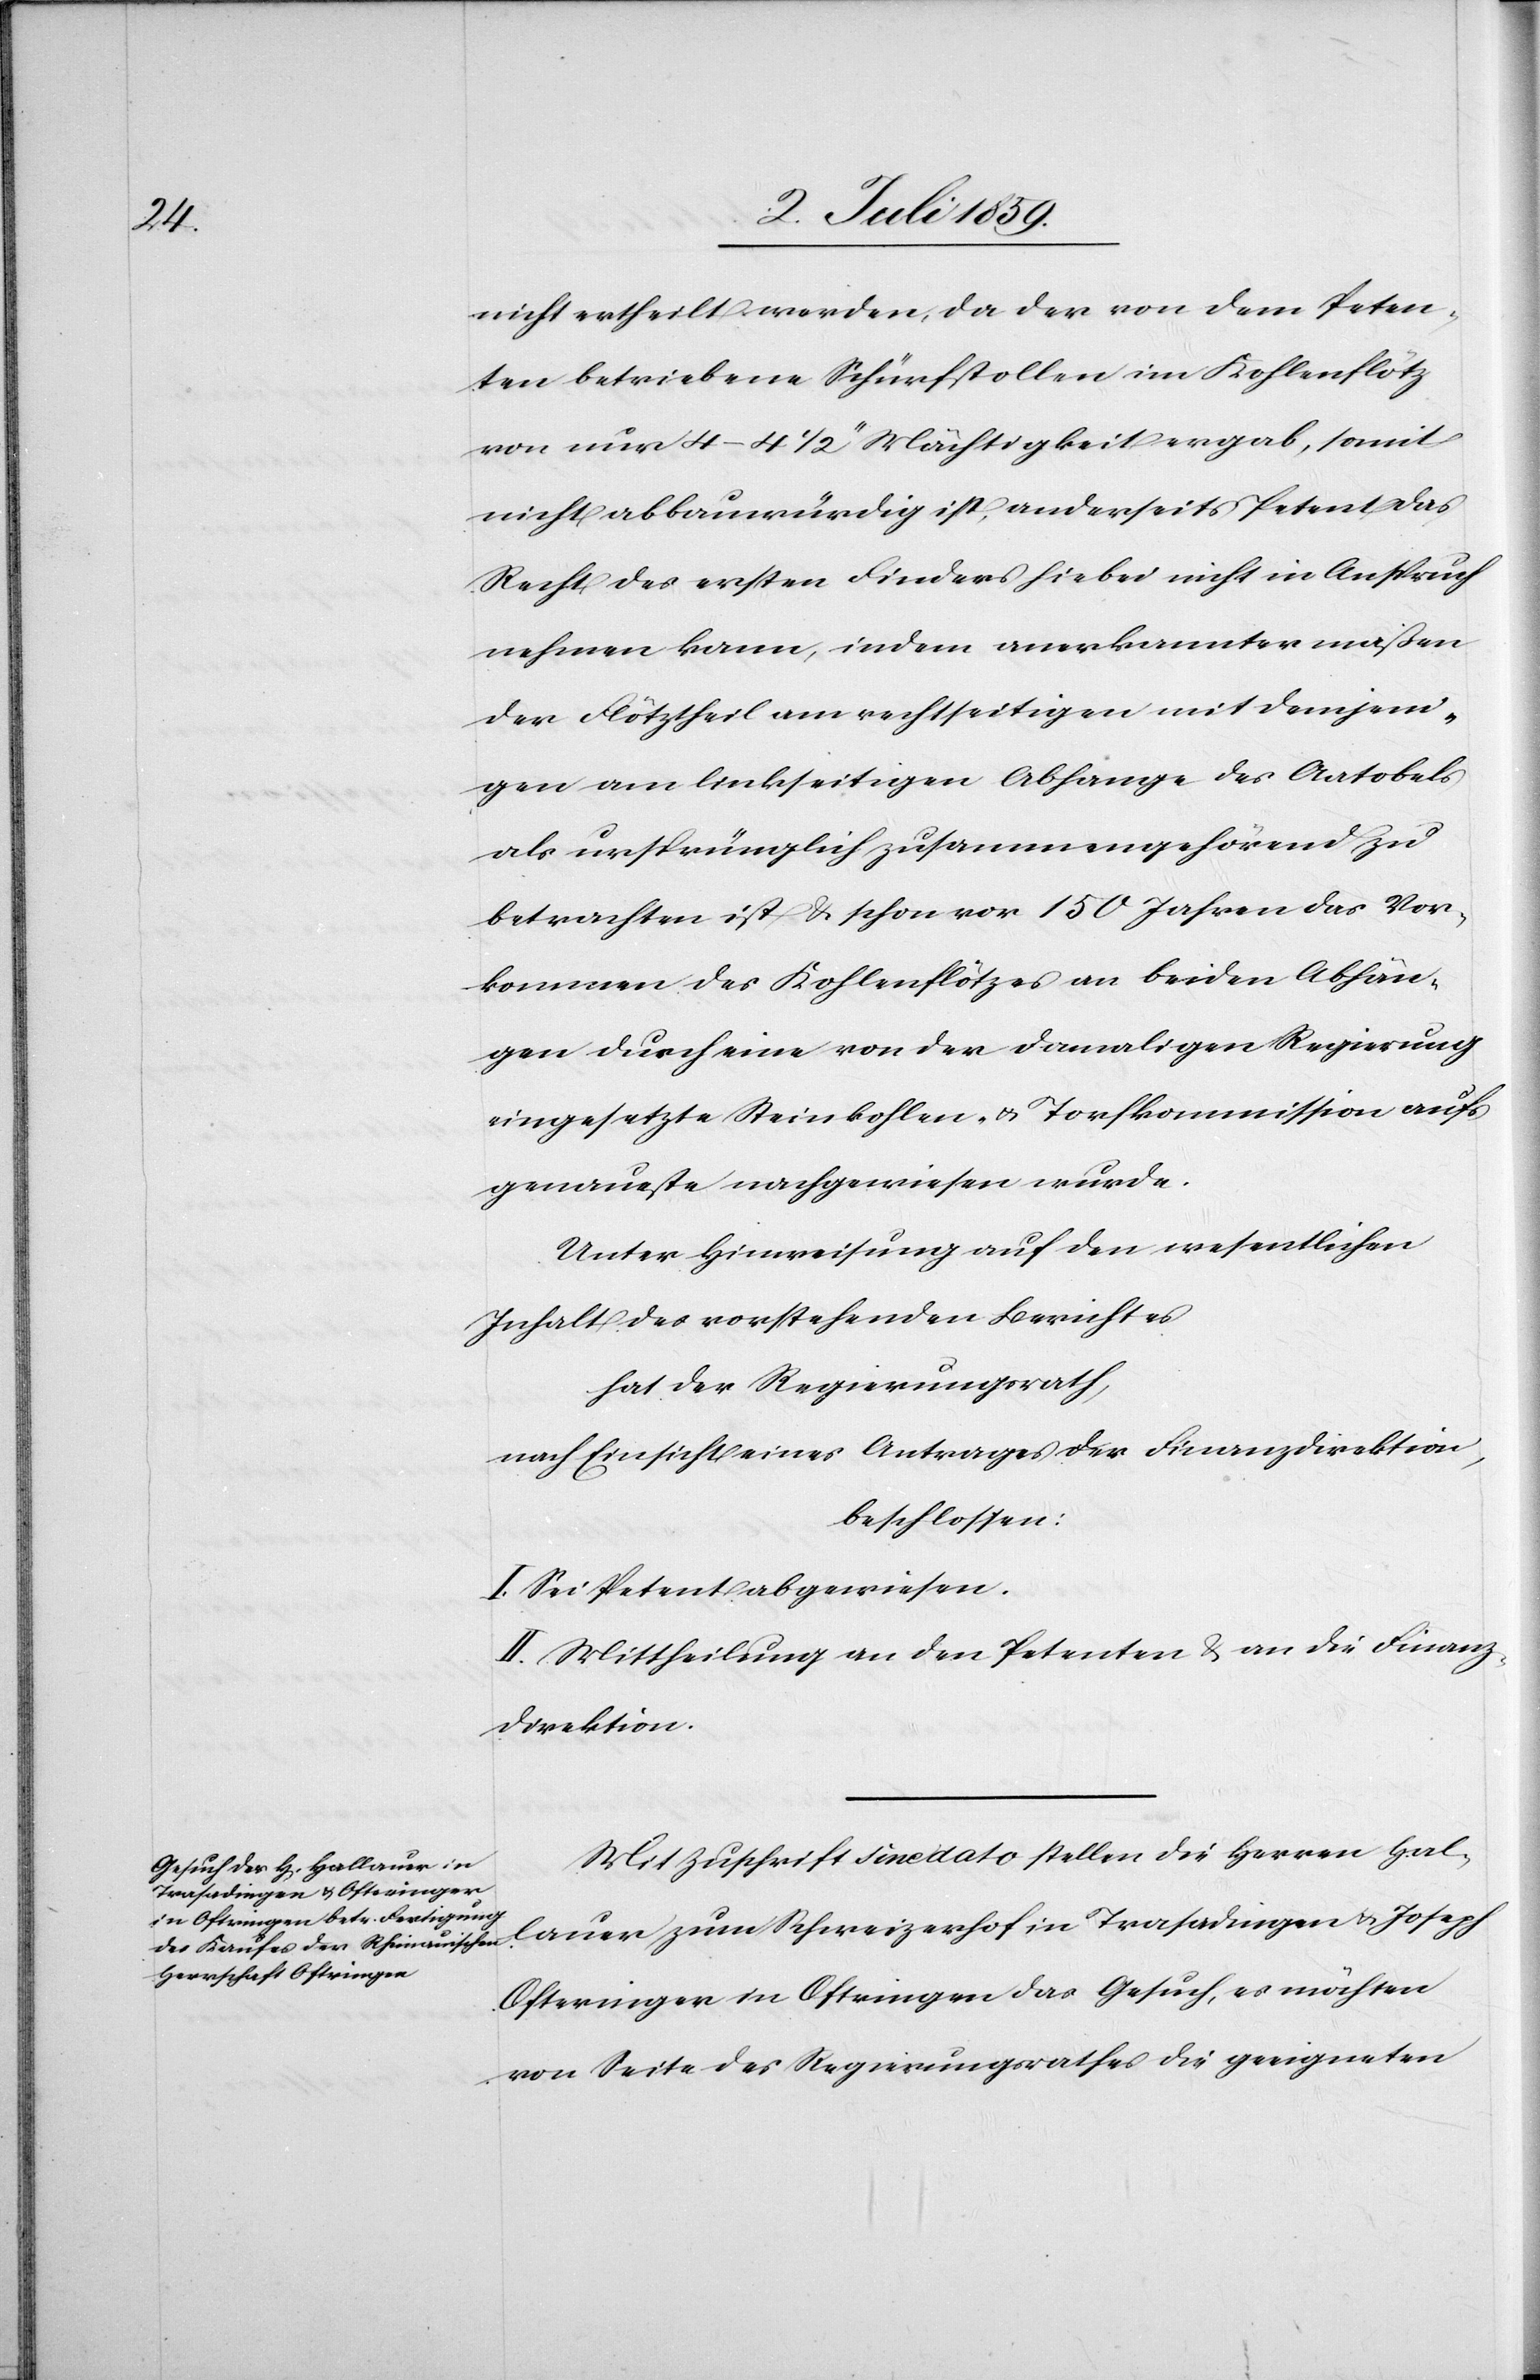
lauer

nicht ertheilt werden, da der von dem Peten¬
ten betriebene Schürfstollen im Kohlenflötz
von nur 4–4 1/2‘‘ Mächtigkeit ergab, somit
nicht abbauwürdig ist, anderseits Petent das
Recht des ersten Finders hiebei nicht in Anspruch
nehmen kann, indem anerkannten maßen
der Flötztheil am rechtseitigen mit demjeni¬
gen am linkseitigen Abhange des Aatobels
als ursprünglich zusammengehörend zu
betrachten ist u. schon vor 150 Jahren das Vor¬
kommen des Kohlenflötzes an beiden Abhän¬
gen durch eine von der damaligen Regierung
eingesetzte Steinkohlen- u. Torfkommission aufs
genaueste nachgewiesen wurde.
Unter Hinweisung auf den wesentlichen
Inhalt des vorstehenden Berichtes
hat der Regierungsrath,
nach Einsicht eines Antrages der Finanzdirektion,
beschlossen:
I. Sei Petent abgewiesen.
II. Mittheilung an den Petenten u. an die Finanz¬
direktion.
Mit Zuschrift sine dato stellen die Herren Hal¬
Ofteringer in Oftringen das Gesuch, es möchten
von Seite des Regierungsrathes die geeigneten